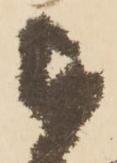
被